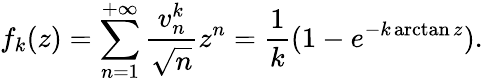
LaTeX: f_{k}(z)=\sum_{n=1}^{+\infty}\frac{v_{n}^{k}}{\sqrt{n}}z^{n}=\frac{1}{k}(1-e^{-k\arctan z}).